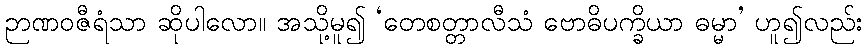
ဉာဏဝဇီရံသာ ဆိုပါလော။ အသို့မူ၍ ‘တေစတ္တာလီသံ ဗောဓိပက္ခိယာ ဓမ္မာ’ ဟူ၍လည်း